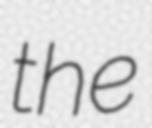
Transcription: the